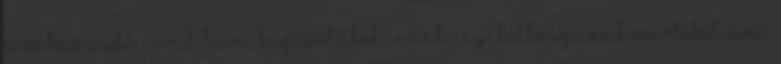
a válaszadó rövid távú kapcsolatok iránti nyitottságának mértékét ami